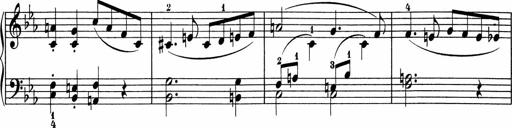
Title: 5 Sonatinen fÃ¼r die Jugend
Composer: Carl Reinecke